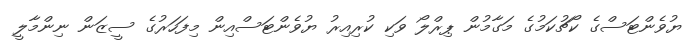
ޔުވެންޓަސްގެ ކޯޗުކަމުގެ މަގާމުން ޕިރްލޯ ވަކި ކުރިއިރު ޔުވެންޓަސްއިން މިފަހަރުގެ ސީޒަން ނިންމާލީ